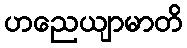
ဟညေယျာမာတိ